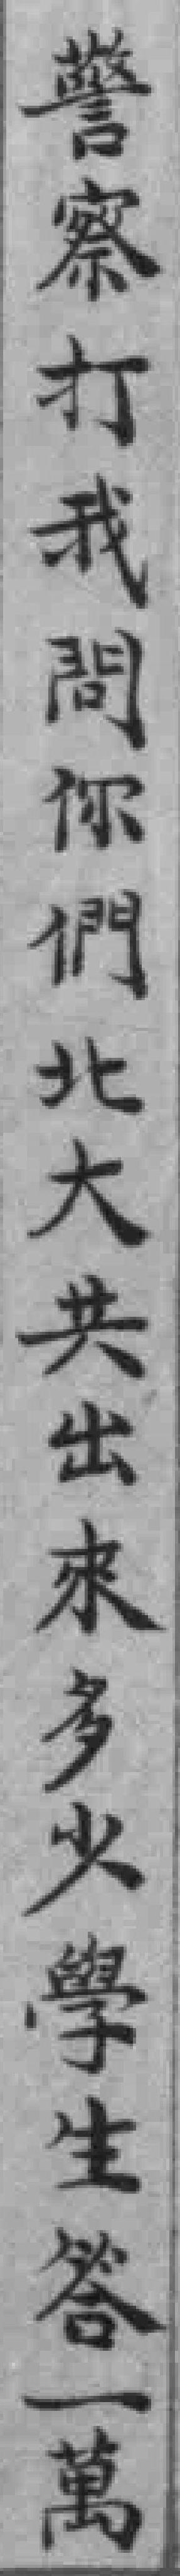
警察打我問你們北大共出來多火學生答一萬